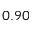
0 . 9 0